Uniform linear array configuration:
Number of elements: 16
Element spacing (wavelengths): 0.25
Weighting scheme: hann
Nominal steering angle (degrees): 30
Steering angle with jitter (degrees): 31.896
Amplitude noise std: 0.05
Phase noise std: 0.05

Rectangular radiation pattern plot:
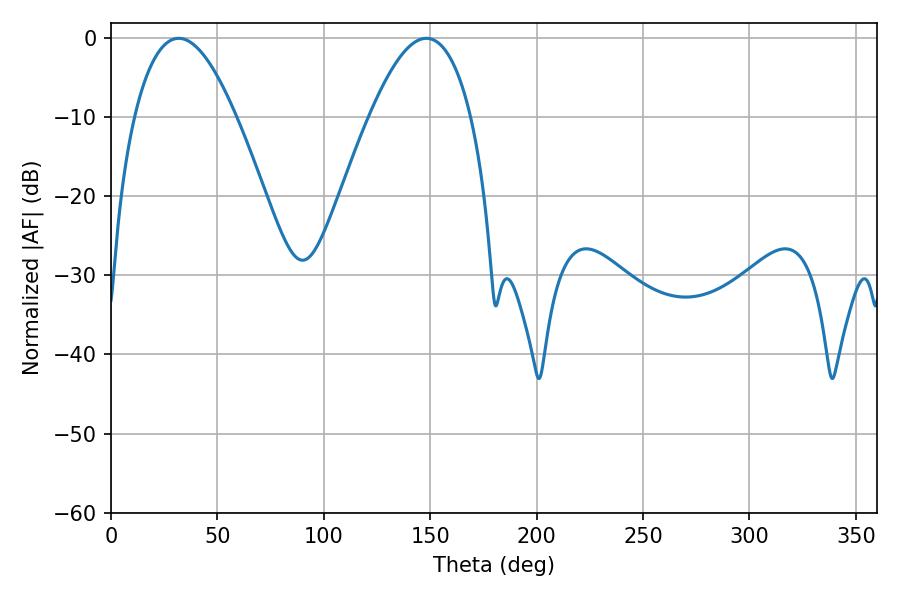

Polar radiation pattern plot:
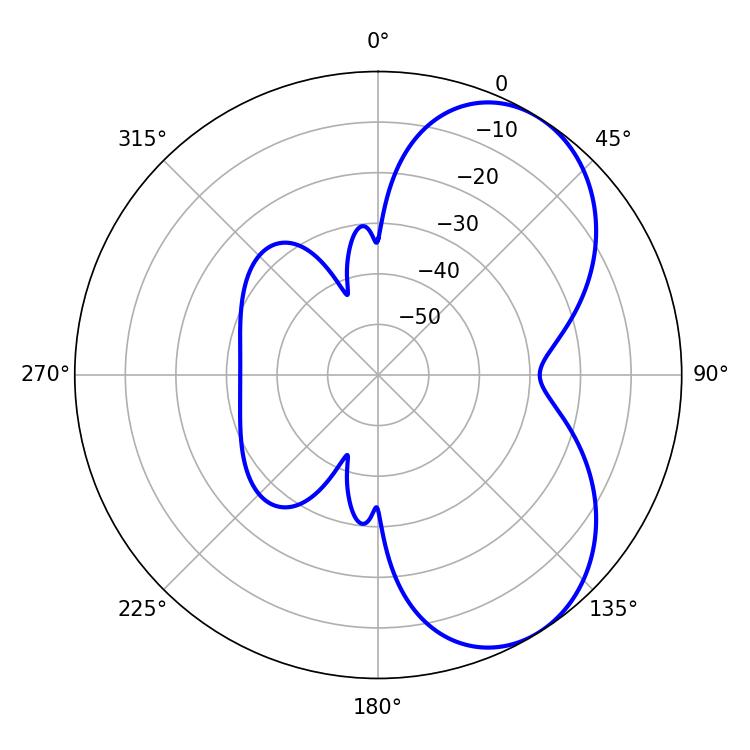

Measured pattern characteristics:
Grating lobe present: FALSE
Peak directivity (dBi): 5.725
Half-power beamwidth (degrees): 26.28
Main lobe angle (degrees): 31.86